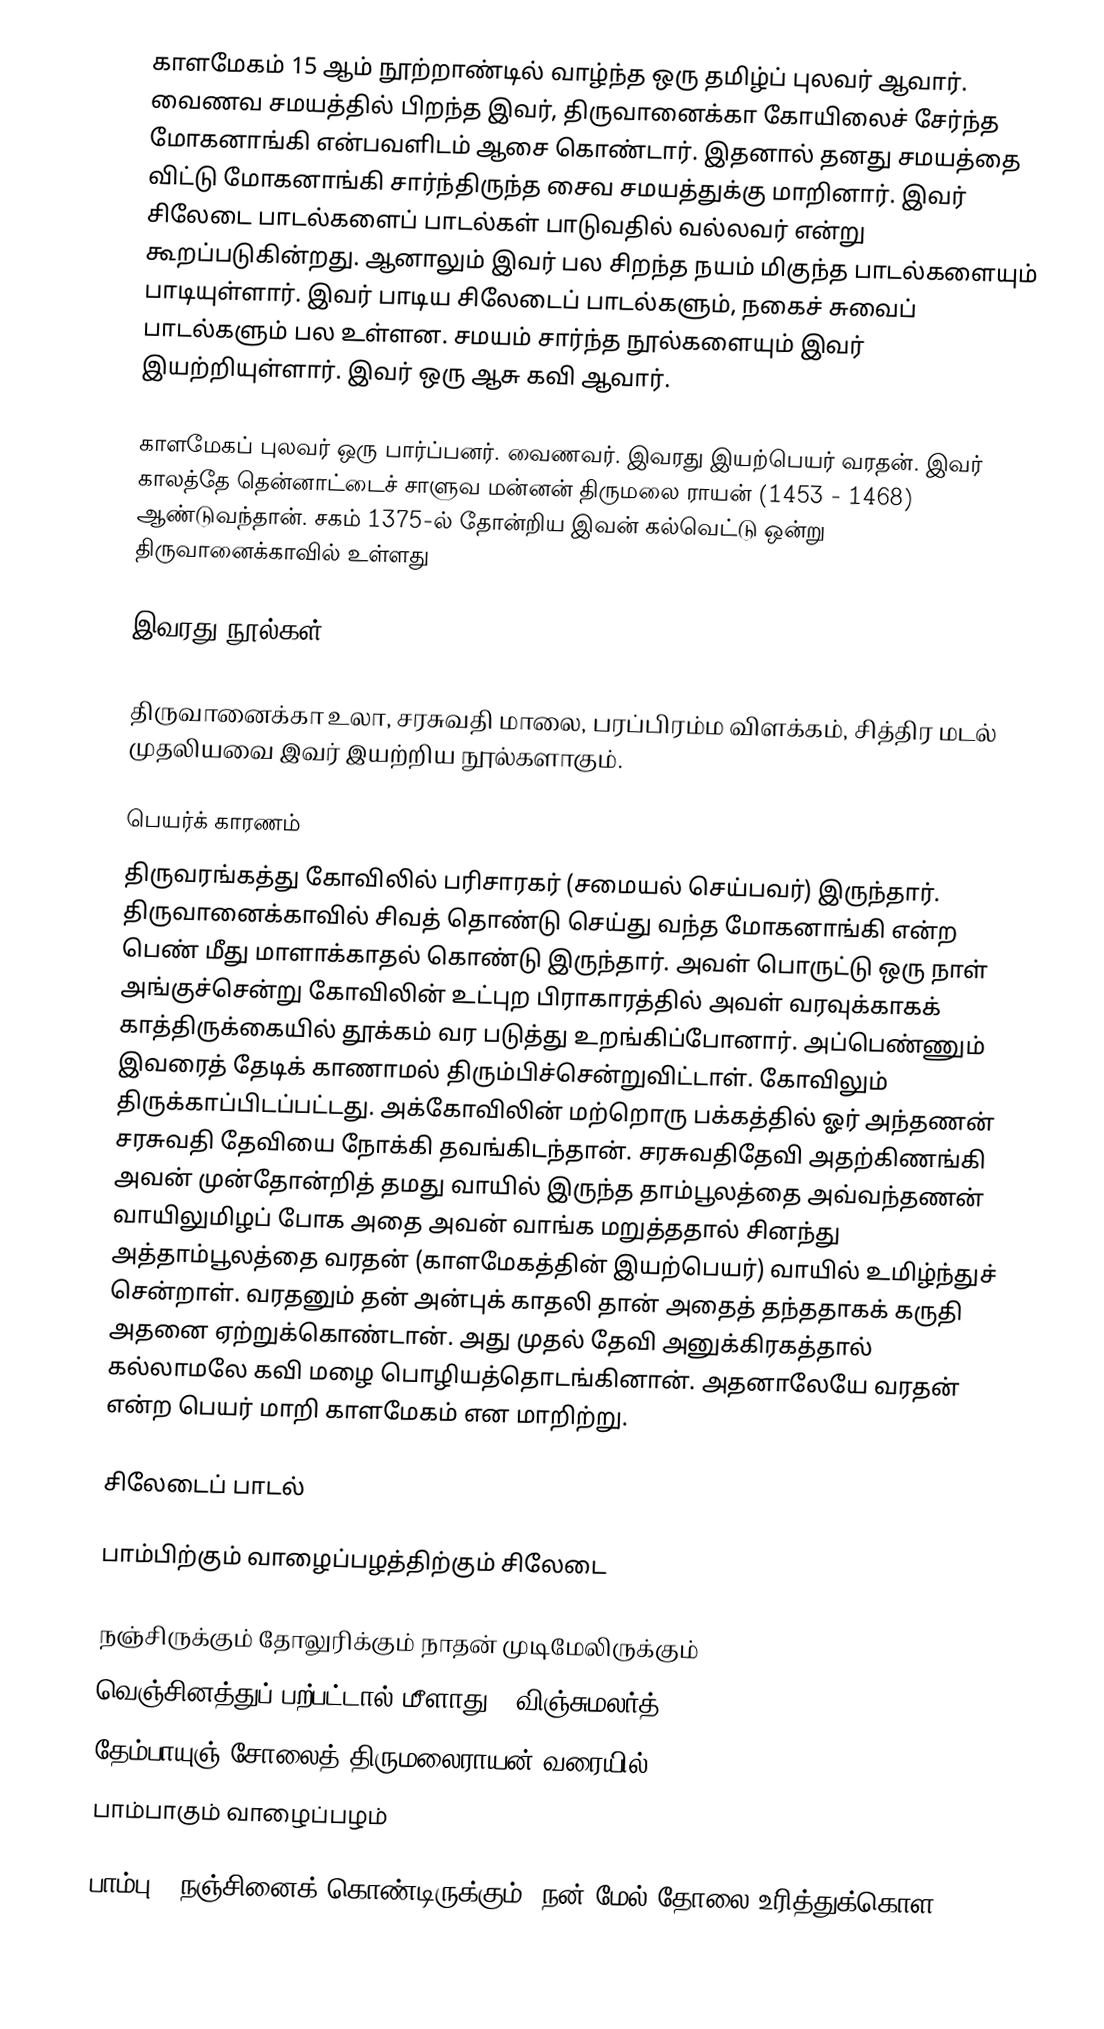
காளமேகம் 15 ஆம் நூற்றாண்டில் வாழ்ந்த ஒரு தமிழ்ப் புலவர் ஆவார். வைணவ சமயத்தில் பிறந்த இவர், திருவானைக்கா கோயிலைச் சேர்ந்த மோகனாங்கி என்பவளிடம் ஆசை கொண்டார். இதனால் தனது சமயத்தை விட்டு மோகனாங்கி சார்ந்திருந்த சைவ சமயத்துக்கு மாறினார். இவர் சிலேடை பாடல்களைப் பாடல்கள் பாடுவதில் வல்லவர் என்று கூறப்படுகின்றது. ஆனாலும் இவர் பல சிறந்த நயம் மிகுந்த பாடல்களையும் பாடியுள்ளார். இவர் பாடிய சிலேடைப் பாடல்களும், நகைச் சுவைப் பாடல்களும் பல உள்ளன. சமயம் சார்ந்த நூல்களையும் இவர் இயற்றியுள்ளார். இவர் ஒரு ஆசு கவி ஆவார்.

காளமேகப் புலவர் ஒரு பார்ப்பனர். வைணவர். இவரது இயற்பெயர் வரதன். இவர் காலத்தே தென்னாட்டைச் சாளுவ மன்னன் திருமலை ராயன் (1453 - 1468) ஆண்டுவந்தான். சகம் 1375-ல் தோன்றிய இவன் கல்வெட்டு ஒன்று திருவானைக்காவில் உள்ளது

இவரது நூல்கள்

திருவானைக்கா உலா, சரசுவதி மாலை, பரப்பிரம்ம விளக்கம், சித்திர மடல் முதலியவை இவர் இயற்றிய நூல்களாகும்.

பெயர்க் காரணம்
திருவரங்கத்து கோவிலில் பரிசாரகர் (சமையல் செய்பவர்) இருந்தார். திருவானைக்காவில் சிவத் தொண்டு செய்து வந்த மோகனாங்கி என்ற பெண் மீது மாளாக்காதல் கொண்டு இருந்தார். அவள் பொருட்டு ஒரு நாள் அங்குச்சென்று கோவிலின் உட்புற பிராகாரத்தில் அவள் வரவுக்காகக் காத்திருக்கையில் தூக்கம் வர படுத்து உறங்கிப்போனார். அப்பெண்ணும் இவரைத் தேடிக் காணாமல் திரும்பிச்சென்றுவிட்டாள். கோவிலும் திருக்காப்பிடப்பட்டது. அக்கோவிலின் மற்றொரு பக்கத்தில் ஓர் அந்தணன் சரசுவதி தேவியை நோக்கி தவங்கிடந்தான். சரசுவதிதேவி அதற்கிணங்கி அவன் முன்தோன்றித் தமது வாயில் இருந்த தாம்பூலத்தை அவ்வந்தணன் வாயிலுமிழப் போக அதை அவன் வாங்க மறுத்ததால் சினந்து அத்தாம்பூலத்தை வரதன் (காளமேகத்தின் இயற்பெயர்) வாயில் உமிழ்ந்துச் சென்றாள். வரதனும் தன் அன்புக் காதலி தான் அதைத் தந்ததாகக் கருதி அதனை ஏற்றுக்கொண்டான். அது முதல் தேவி அனுக்கிரகத்தால் கல்லாமலே கவி மழை பொழியத்தொடங்கினான். அதனாலேயே வரதன் என்ற பெயர் மாறி காளமேகம் என மாறிற்று.

சிலேடைப் பாடல்

பாம்பிற்கும் வாழைப்பழத்திற்கும் சிலேடை

நஞ்சிருக்கும் தோலுரிக்கும் நாதன் முடிமேலிருக்கும்
வெஞ்சினத்துப் பற்பட்டால் மீளாது - விஞ்சுமலர்த்
தேம்பாயுஞ் சோலைத் திருமலைராயன் வரையில்
பாம்பாகும் வாழைப்பழம்

பாம்பு  - நஞ்சினைக் கொண்டிருக்கும். நன் மேல் தோலை உரித்துக்கொள